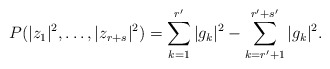
\begin{align*}P(|z_1|^2,\dots,|z_{r+s}|^2) = \sum_{k=1}^{r'} |g_k|^2-\sum_{k=r'+1}^{r'+s'} |g_k|^2.\end{align*}